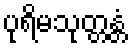
ပုရိမသုတ္တန္တံ